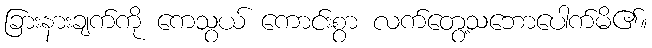
ခြားနားချက်ကို ကေသွယ် ကောင်းစွာ လက်တွေ့သဘောပေါက်မိ၏။